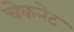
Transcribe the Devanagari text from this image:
चेकनेट